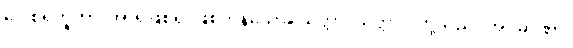
ဂေါစရဘူတာ၊ အာရုံဖြစ်၍ ဖြစ်ကုန်သော။ သတ္တာ၊ သတ္တာဝါတို့သည်။ အပ္ပမာဏာ၊